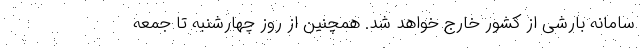
سامانه بارشی از کشور خارج خواهد شد. همچنین از روز چهارشنبه تا جمعه